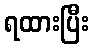
ရထားပြီး